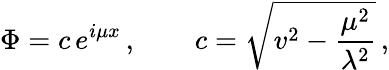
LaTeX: \Phi=c\, e^{i\mu x}\, ,\qquad c=\sqrt{v^{2}-{\frac{\mu^{2}}{\lambda^{2}}}}\, ,